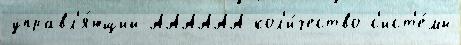
управл'я́ющий АААААА кол'и́чество с'ист'е́мы